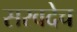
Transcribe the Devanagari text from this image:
सरवदेच